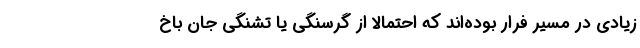
زیادی در مسیر فرار بوده‌اند که احتمالا از گرسنگی یا تشنگی جان باخ